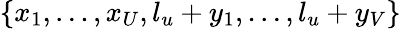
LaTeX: \left\{ x_{1},\ldots,x_{U},l_{u}+y_{1},\ldots,l_{u}+y_{V}\right\}